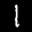
Label: 1